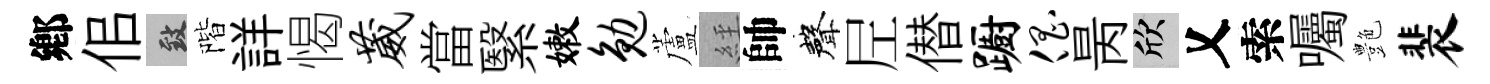
鄕佀致階詳愒葳當繄嫩勉蘆𦀇帥聲𡰱僣蹰倡昺欣乂索囑艶裴